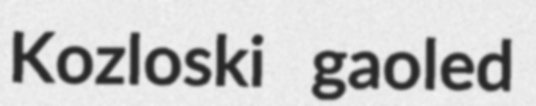
Kozloski gaoled